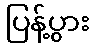
ပြန့်ပွား